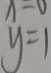
y = 1